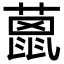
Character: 𦼤